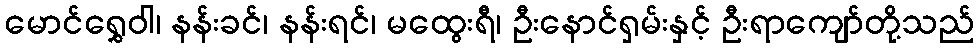
မောင်ရွှေဝါ၊ နန်းခင်၊ နန်းရင်၊ မထွေးရီ၊ ဦးနောင်ရှမ်းနှင့် ဦးရာကျော်တို့သည်